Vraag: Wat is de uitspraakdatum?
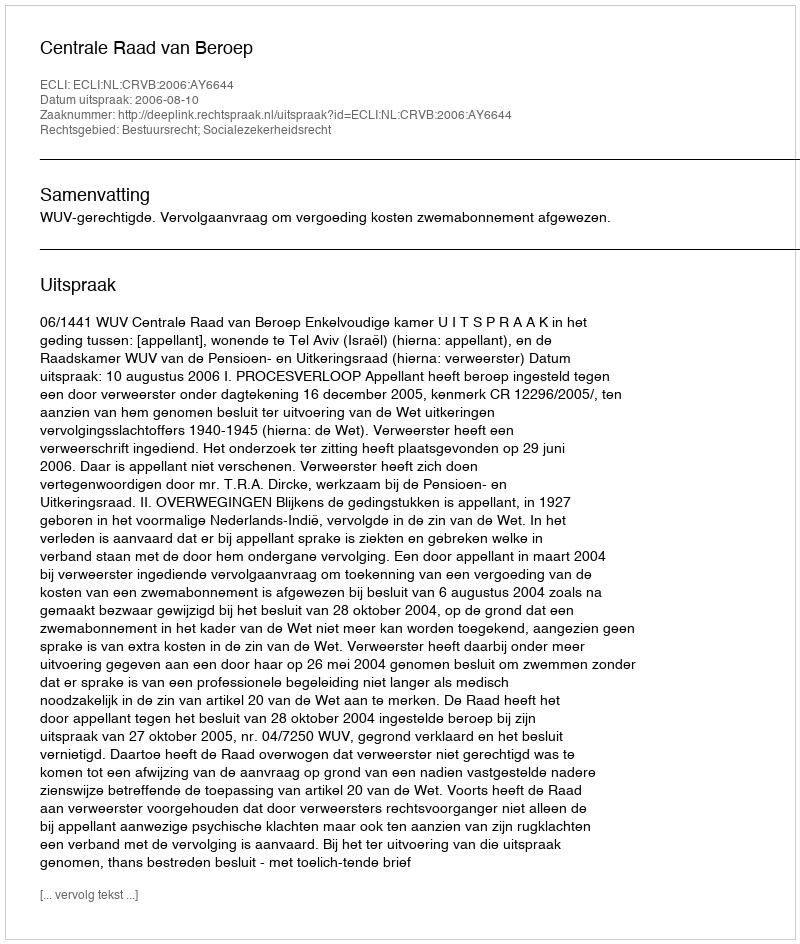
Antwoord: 2006-08-10